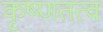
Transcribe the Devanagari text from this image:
कृष्णतत्व